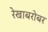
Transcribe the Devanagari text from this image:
रेखाबरोबर